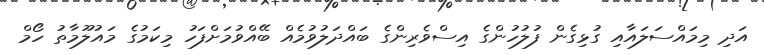
އަދި މިމައްސަލައާއި ގުޅިގެން ފުލުހުންގެ އިސްވެރިންގެ ބައްދަލުވުމެއް ބޭއްވުމަށްފަހު މިކަމުގެ މައުލޫމާތު ހޯމް